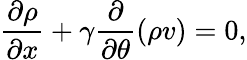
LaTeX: \frac{\partial\rho}{\partial x}+\gamma\frac{\partial}{\partial\theta}(\rho v)=0,